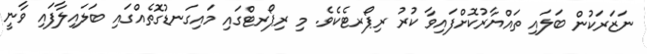
ނަޒަރަކުން ބަލައި ތައްޔާރުކޮށްފައިވާ ކުރު ރިޕޯރޓެކެވެ. މި ރިޕޯރޓްގައި މައިގަނޑުގޮތެއްގައި ބަލައިލާފައި ވާނީ